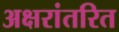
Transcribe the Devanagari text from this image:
अक्षरांतरित